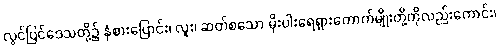
လွင်ပြင်ဒေသတို့၌ နှံစားပြောင်း၊ လူး၊ ဆတ်စသော မိုးပါးရေရှားကောက်မျိုးတို့ကိုလည်းကောင်း၊